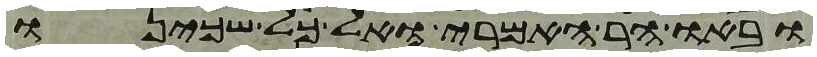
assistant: ובאו הר האמרי ואל כל שכינו